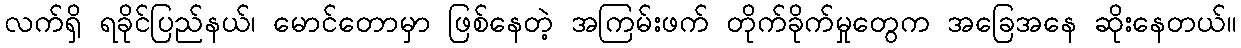
လက်ရှိ ရခိုင်ပြည်နယ်၊ မောင်တောမှာ ဖြစ်နေတဲ့ အကြမ်းဖက် တိုက်ခိုက်မှုတွေက အခြေအနေ ဆိုးနေတယ်။